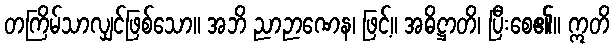
တကြိမ်သာလျှင်ဖြစ်သော။ အဘိ ညာဉာဏေန၊ ဖြင့်။ အဓိဋ္ဌာတိ၊ ပြီးစေ၏။ ဣတိ